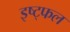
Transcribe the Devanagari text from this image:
इष्ट्फल